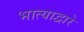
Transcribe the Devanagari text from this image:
भात्याद्वारे